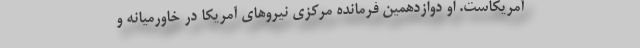
آمریکاست. او دوازدهمین فرمانده مرکزی نیروهای آمریکا در خاورمیانه و